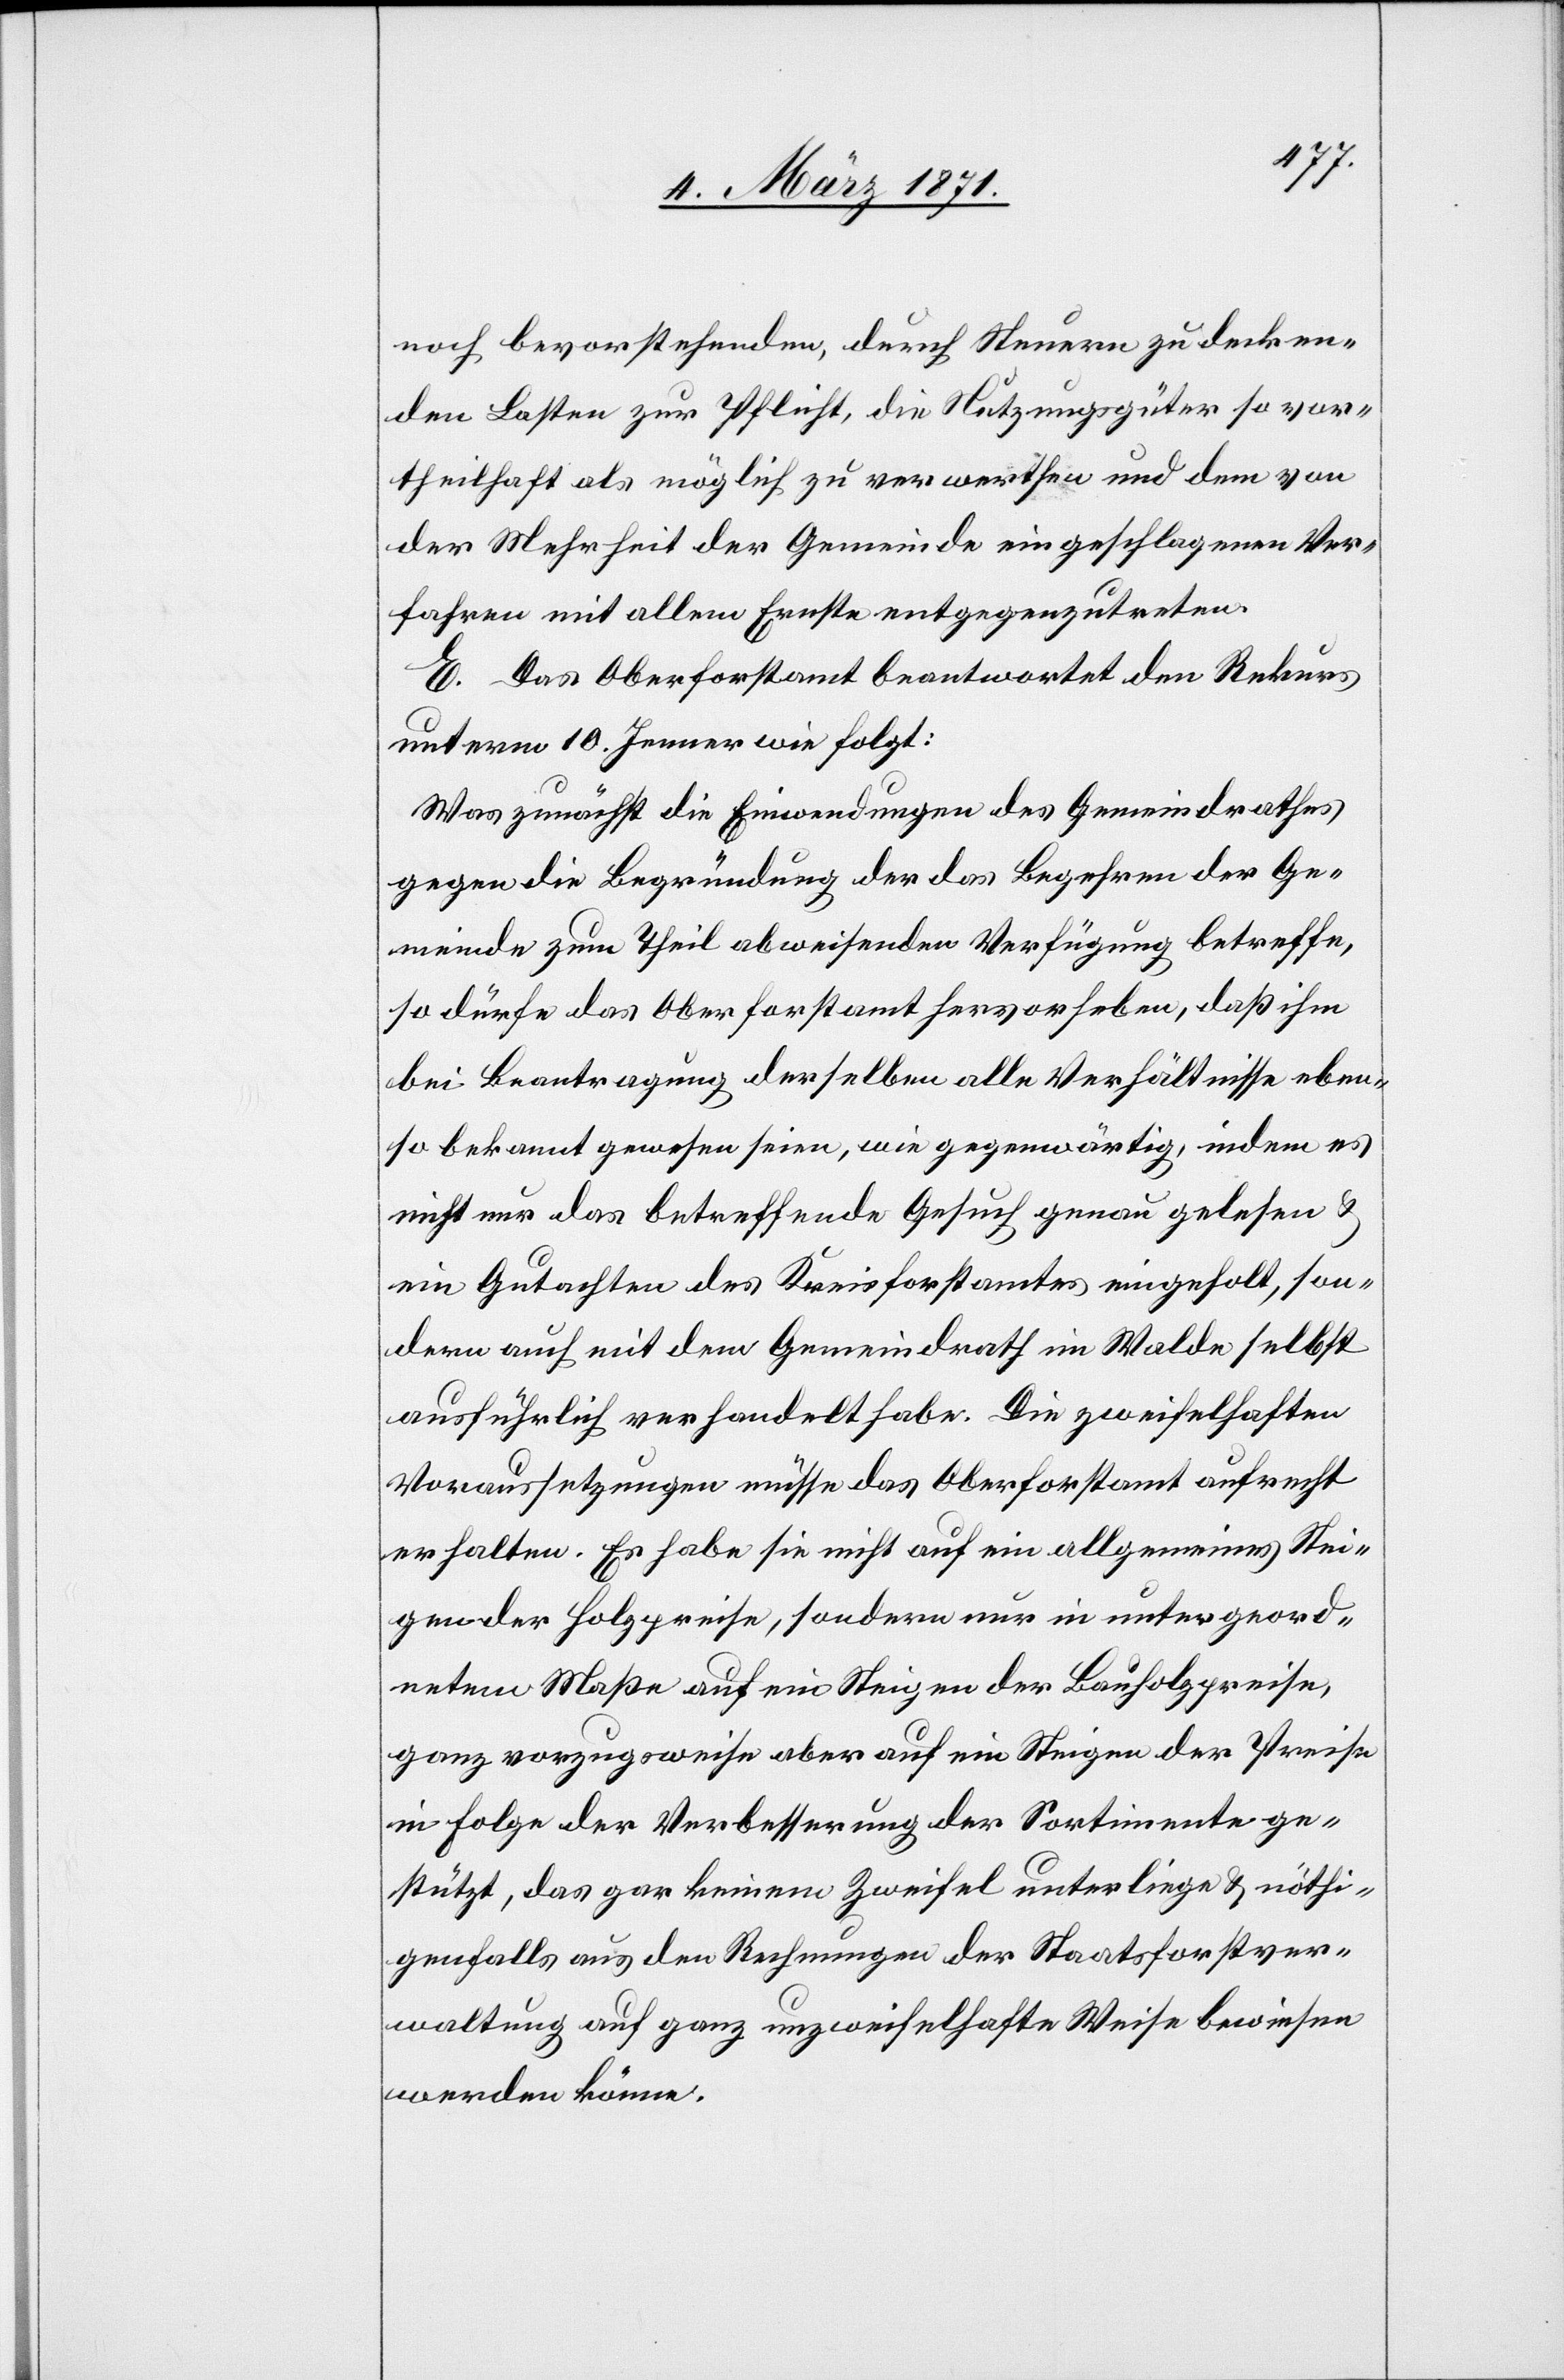
noch bevorstehenden, durch Steuern zu decken¬
den Lasten zur Pflicht, die Nutzungsgüter so vor¬
theilhaft als möglich zu verwerthen und dem von
der Mehrheit der Gemeinde eingeschlagenen Ver¬
fahren mit allem Ernste entgegenzutreten.
E. Das Oberforstamt beantwortet den Rekurs
unterm 10. Jenner wie folgt:
Was zunächst die Einwendungen des Gemeindrathes
gegen die Begründung der das Begehren der Ge¬
meinde zum Theil abweisenden Verfügung betreffe,
so dürfe das Oberforstamt hervorheben, daß ihm
bei Beantragung derselben alle Verhältnisse eben¬
so bekannt gewesen seien, wie gegenwärtig, indem es
nicht nur das betreffende Gesuch genau gelesen u.
ein Gutachten des Kreisforstamtes eingeholt, son¬
dern auch mit dem Gemeindrath im Walde selbst
ausführlich verhandelt habe. Die zweifelhaften
Voraussetzungen müsse das Oberforstamt aufrecht
erhalten. Es habe sich nicht auf ein allgemeines Stei¬
gen der Holzpreise, sondern nur in untergeord¬
netem Maße auf ein Steigen der Bauholzpreise,
ganz vorzugsweise aber auf ein Steigen der Preise
in Folge der Verbesserung der Sortimente ge¬
stützt, das gar keinem Zweifel unterliege u. nöthi¬
genfalls aus den Rechnungen der Staatsforstver¬
waltung auf ganz unzweifelhafte Weise bewiesen
werden könne.